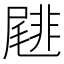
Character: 𡳕